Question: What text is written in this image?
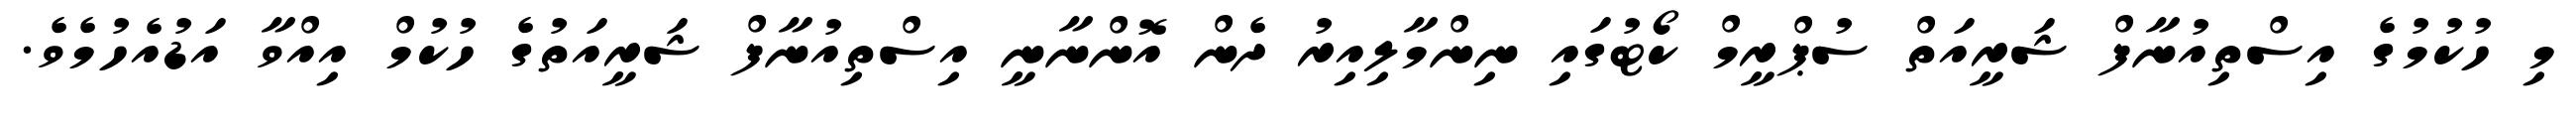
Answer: މި ހުކުމުގެ އިސްތިއުނާފް ޝަރީއަތް ސުޕްރީމް ކޯޓުގައި ނިންމާލިއިރު ދެން އޮންނާނީ އިސްތިއުނާފް ޝަރީއަތުގެ ހުކުމް އިއްވާ އަޑުއެހުމެވެ.